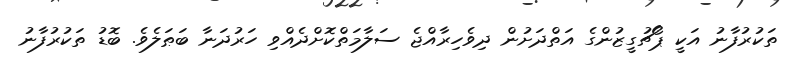
ތަކުރުފާނު އަކީ ޕޯޗުގީޒުންގެ އަތްދަށުން ދިވެހިރާއްޖެ ސަލާމަތްކޮށްދެއްވި ހަރުދަނާ ބަޠަލެވެ. ބޮޑު ތަކުރުފާނު